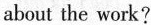
about the work?